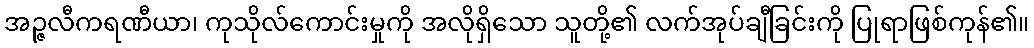
အဉ္ဇလီကရဏီယာ၊ ကုသိုလ်ကောင်းမှုကို အလိုရှိသော သူတို့၏ လက်အုပ်ချီခြင်းကို ပြုရာဖြစ်ကုန်၏။